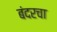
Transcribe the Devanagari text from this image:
बंदरचा